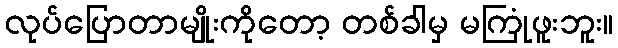
လုပ်ပြောတာမျိုးကိုတော့ တစ်ခါမှ မကြုံဖူးဘူး။